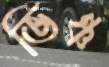
ভিঞ্চ